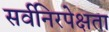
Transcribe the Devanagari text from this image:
सर्वनिरपेक्षता